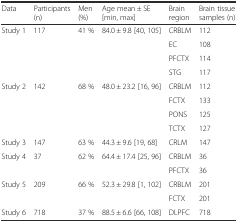
<table><thead><tr><td><b>Data</b></td><td><b>Participants (n)</b></td><td><b>Men (%)</b></td><td><b>Age mean ± SE [min, max]</b></td><td><b>Brain region</b></td><td><b>Brain tissue samples (n)</b></td></tr></thead><tbody><tr><td rowspan="4">Study 1</td><td rowspan="4">117</td><td rowspan="4">41 %</td><td rowspan="4">84.0 ± 9.8 [40, 105]</td><td>CRBLM</td><td>112</td></tr><tr><td>EC</td><td>108</td></tr><tr><td>PFCTX</td><td>114</td></tr><tr><td>STG</td><td>117</td></tr><tr><td rowspan="4">Study 2</td><td rowspan="4">142</td><td rowspan="4">68 %</td><td rowspan="4">48.0 ± 23.2 [16, 96]</td><td>CRBLM</td><td>112</td></tr><tr><td>FCTX</td><td>133</td></tr><tr><td>PONS</td><td>125</td></tr><tr><td>TCTX</td><td>127</td></tr><tr><td>Study 3</td><td>147</td><td>63 %</td><td>44.3 ± 9.6 [19, 68]</td><td>CRLM</td><td>147</td></tr><tr><td rowspan="2">Study 4</td><td rowspan="2">37</td><td rowspan="2">62 %</td><td rowspan="2">64.4 ± 17.4 [25, 96]</td><td>CRBLM</td><td>36</td></tr><tr><td>PFCTX</td><td>36</td></tr><tr><td rowspan="2">Study 5</td><td rowspan="2">209</td><td rowspan="2">66 %</td><td rowspan="2">52.3 ± 29.8 [1, 102]</td><td>CRBLM</td><td>201</td></tr><tr><td>FCTX</td><td>201</td></tr><tr><td>Study 6</td><td>718</td><td>37 %</td><td>88.5 ± 6.6 [66, 108]</td><td>DLPFC</td><td>718</td></tr></tbody></table>